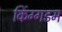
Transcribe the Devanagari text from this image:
किंग्गडम